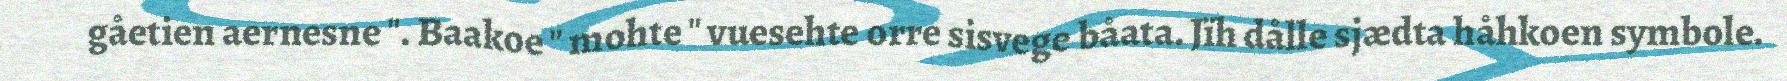
gåetien aernesne ". Baakoe " mohte " vuesehte orre sisvege båata. Jïh dålle sjædta håhkoen symbole.